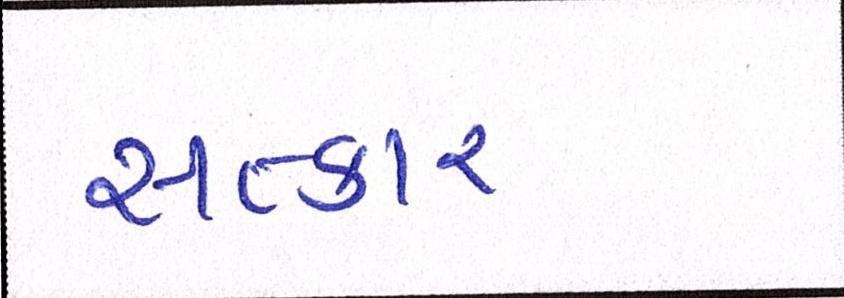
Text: સત્કાર